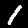
Label: 1